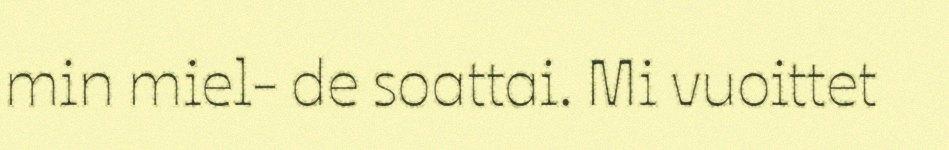
min miel- de soattai. Mi vuoittet